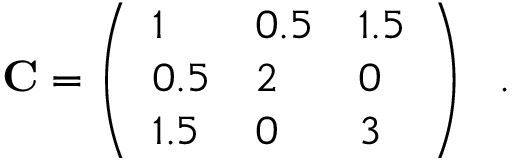
\mathbf { C } = \left( \begin{array} { l l l } { 1 } & { 0 . 5 } & { 1 . 5 } \\ { 0 . 5 } & { 2 } & { 0 } \\ { 1 . 5 } & { 0 } & { 3 } \end{array} \right) \ \mathrm { ~ . ~ }